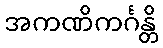
အကဏိကင်္ဂန္တိ